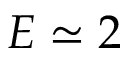
E \simeq 2